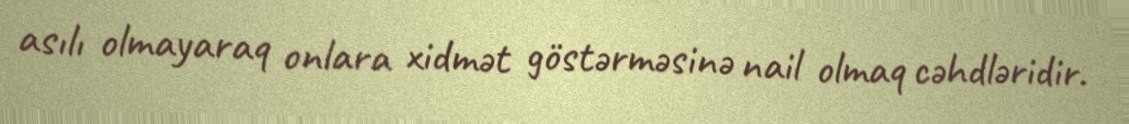
asılı olmayaraq onlara xidmət göstərməsinə nail olmaq cəhdləridir.